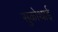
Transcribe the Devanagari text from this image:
सुकोथाई